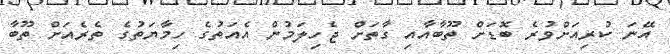
އޭނަ ކުރިއަށްވުރެ ބޮޑަށް ތޫބާއާއި ގާތަށް ޖެހިލަމުން އެއަތުގެ ހިމާޔަތުގެ ތެރެއަށް ތޫބާ